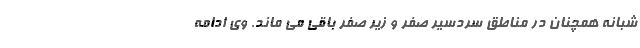
شبانه همچنان در مناطق سردسیر صفر و زیر صفر باقی می ماند. وی ادامه